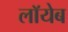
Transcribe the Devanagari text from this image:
लाॅयेब